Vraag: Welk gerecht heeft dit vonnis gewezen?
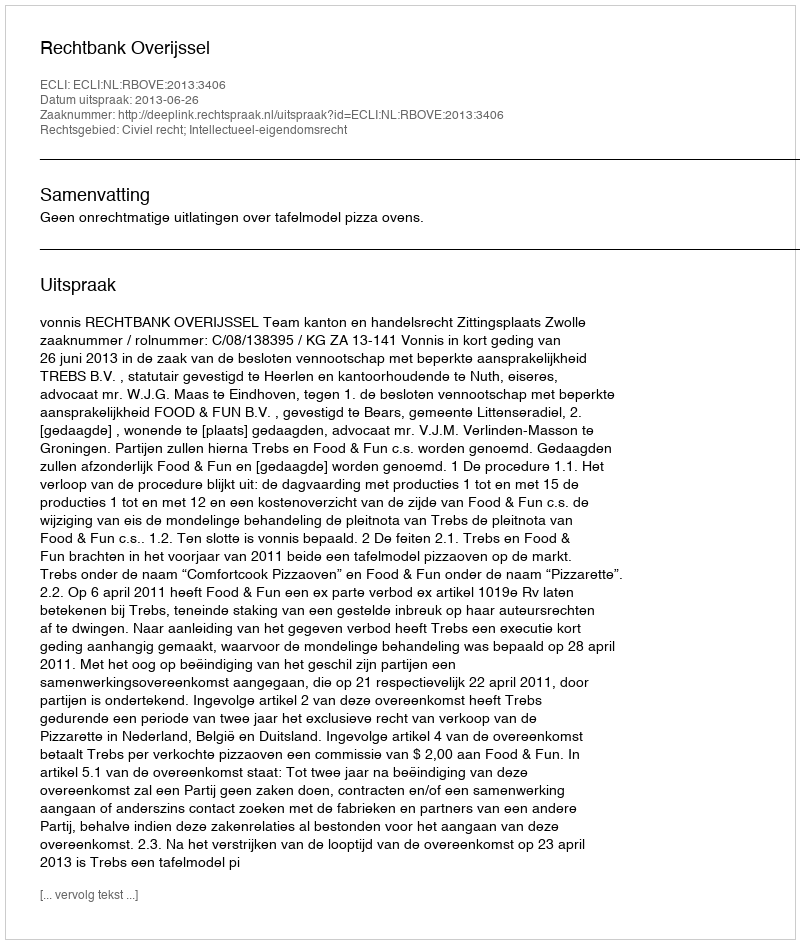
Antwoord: Rechtbank Overijssel